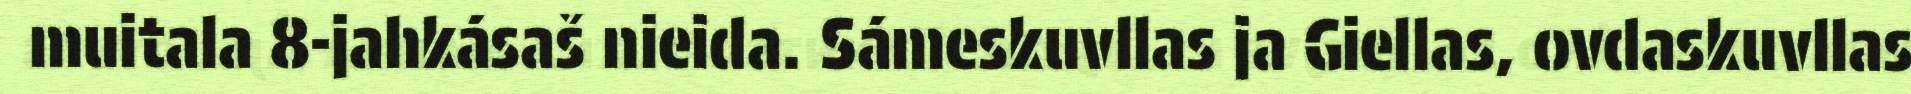
muitala 8-jahkásaš nieida. Sámeskuvllas ja Giellas, ovdaskuvllas